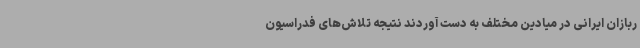
ربازان ایرانی در میادین مختلف به دست آوردند نتیجه تلاش‌های فدراسیون